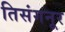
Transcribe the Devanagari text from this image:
तिसंगनूर